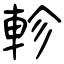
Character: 軫